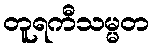
တူရကီသမ္မတ